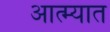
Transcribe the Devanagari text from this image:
आत्म्यात